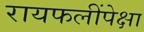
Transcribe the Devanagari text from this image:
रायफलींपेक्षा